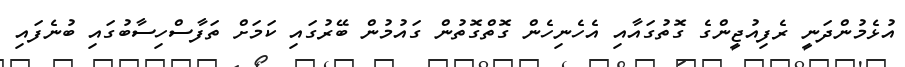
އުޅެމުންދަނީ ރެފިއުޖީންގެ ގޮތުގައާއި އެހެނިހެން ގޮތްގޮތުން ގައުމުން ބޭރުގައި ކަމަށް ތަފާސްހިސާބުގައި ބުނެފައި